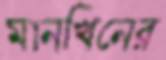
মানখিনের